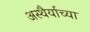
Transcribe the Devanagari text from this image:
अस्थैर्याच्या